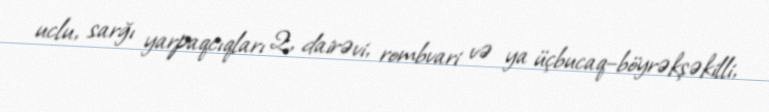
uclu, sarğı yarpaqcıqları 2, dairəvi, rombvari və ya üçbucaq–böyrəkşəkilli,